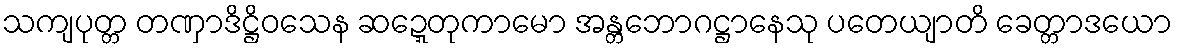
သကျပုတ္တ တဏှာဒိဋ္ဌိဝသေန ဆဍ္ဍေတုကာမော အန္တဘောဂဋ္ဌာနေသု ပတေယျာတိ ခေတ္တာဒယော